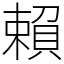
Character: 賴